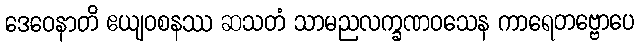
ဒေဝေနာတိ ဧယျဝစနဿ ဆသတံ သာမညလက္ခဏဝသေန ကာရေတဗ္ဗောပေ